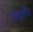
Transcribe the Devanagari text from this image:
छजलेट